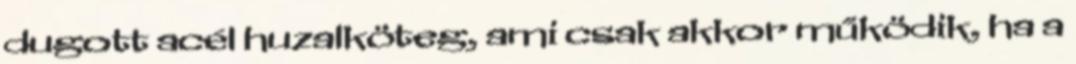
dugott acél huzalköteg, ami csak akkor működik, ha a